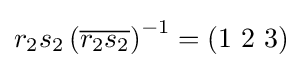
r_{2}s_{2}\left({\overline {r_{2}s_{2}}}\right)^{-1}=(1\ 2\ 3)